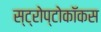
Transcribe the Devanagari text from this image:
स्ट्रोप्टोकॉकस